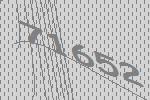
71652